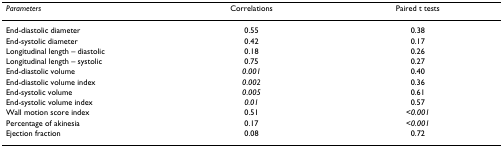
| Parameters | Correlations | Paired t tests |
 | --- | --- | --- |
 | End-diastolic diameter | 0.55 | 0.38 |
 | End-systolic diameter | 0.42 | 0.17 |
 | Longitudinal length – diastolic | 0.18 | 0.26 |
 | Longitudinal length – systolic | 0.75 | 0.27 |
 | End-diastolic volume | 0.001 | 0.40 |
 | End-diastolic volume index | 0.002 | 0.36 |
 | End-systolic volume | 0.005 | 0.61 |
 | End-systolic volume index | 0.01 | 0.57 |
 | Wall motion score index | 0.51 | <0.001 |
 | Percentage of akinesia | 0.17 | <0.001 |
 | Ejection fraction | 0.08 | 0.72 |